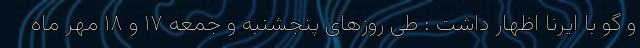
و گو با ایرنا اظهار داشت : طی روزهای پنجشنبه و جمعه ۱۷ و ۱۸ مهر ماه